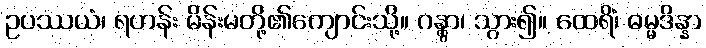
ဥပဿယံ၊ ရဟန်း မိန်းမတို့၏ကျောင်းသို့။ ဂန္တွာ၊ သွား၍။ ထေရိံ၊ ဓမ္မဒိန္နာ